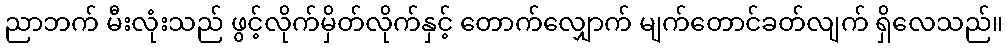
ညာဘက် မီးလုံးသည် ဖွင့်လိုက်မှိတ်လိုက်နှင့် တောက်လျှောက် မျက်တောင်ခတ်လျက် ရှိလေသည်။